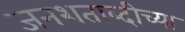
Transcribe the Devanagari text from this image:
जनशताब्दीच्या